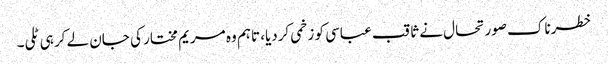
خطرناک صورتحال نے ثاقب عباسی کو زخمی کردیا، تاہم وہ مریم مختار کی جان لے کر ہی ٹلی۔